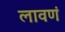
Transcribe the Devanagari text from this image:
लावणं